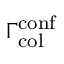
\Gamma _ { \mathrm { c o l } } ^ { \mathrm { c o n f } }